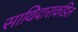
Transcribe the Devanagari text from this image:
साथिदाराकडिल